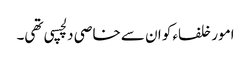
امور خلفاء کو ان سے خاصی دلچسپی تھی۔